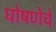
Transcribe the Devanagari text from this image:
घोषणेचे